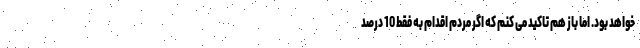
خواهد بود. اما باز هم تاکید می کنم که اگر مردم اقدام به فقط 10 درصد